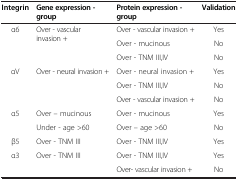
<table><thead><tr><td><b>Integrin</b></td><td><b>Gene expression - group</b></td><td><b>Protein expression - group</b></td><td><b>Validation</b></td></tr></thead><tbody><tr><td rowspan="3">α6</td><td rowspan="3">Over - vascular invasion +</td><td>Over - vascular invasion +</td><td>Yes</td></tr><tr><td>Over - mucinous</td><td>No</td></tr><tr><td>Over - TNM III,IV</td><td>No</td></tr><tr><td rowspan="3">αV</td><td rowspan="3">Over - neural invasion +</td><td>Over - neural invasion +</td><td>Yes</td></tr><tr><td>Over - TNM III,IV</td><td>No</td></tr><tr><td>Over - vascular invasion +</td><td>No</td></tr><tr><td rowspan="2">α5</td><td>Over – mucinous</td><td>Over - mucinous</td><td>Yes</td></tr><tr><td>Under - age &gt;60</td><td>Over – age &gt;60</td><td>No</td></tr><tr><td>β5</td><td>Over - TNM III</td><td>Over - TNM III,IV</td><td>Yes</td></tr><tr><td rowspan="2">α3</td><td rowspan="2">Over - TNM III</td><td>Over - TNM III,IV</td><td>Yes</td></tr><tr><td>Over- vascular invasion +</td><td>No</td></tr></tbody></table>